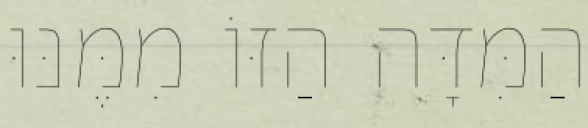
הַמִּדָּה הַזּוֹ מִמֶּנּוּ